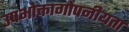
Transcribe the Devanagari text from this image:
उपभोक्तागोपनीयता